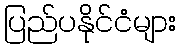
ပြည်ပနိုင်ငံများ